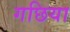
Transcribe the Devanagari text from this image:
गछिया